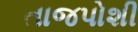
તાજપોશી